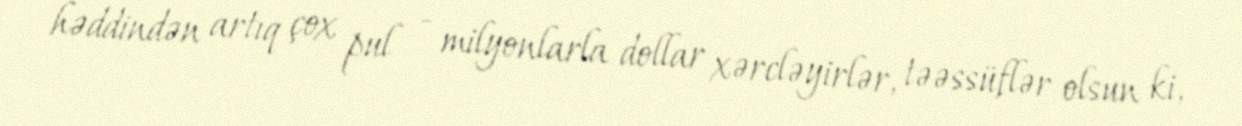
həddindən artıq çox pul - milyonlarla dollar xərcləyirlər, təəssüflər olsun ki,